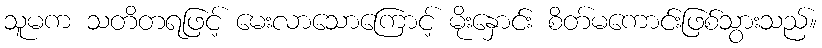
သူမက သတိတရဖြင့် မေးလာသောကြောင့် မိုးနှောင်း စိတ်မကောင်းဖြစ်သွားသည်။